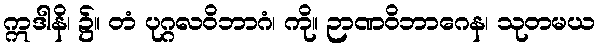
ဣဒါနိ၊ ၌။ တံ ပုဂ္ဂလဝိဘာဂံ၊ ကို။ ဉာဏဝိဘာဂေန၊ သုတမယ